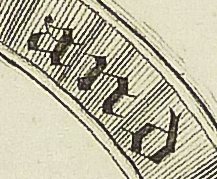
and